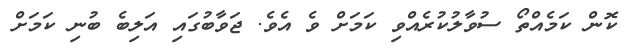
ކޮން ކަމެއްތޯ ސުވާލުކުރެއްވި ކަމަށް ވެ އެވެ. ޖަވާބުގައި އަލިބެ ބުނި ކަމަށް